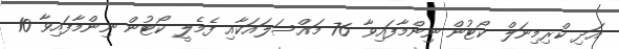
އަދި ކްރިމިނަލް ކޯޓުން ނިންމާފައިވާ 76 މައްސަލައަކާއި ފެމެލީ ކޯޓުން ނިންމާފައިވާ 10